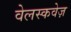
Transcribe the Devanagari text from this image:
वेलस्कवेज़